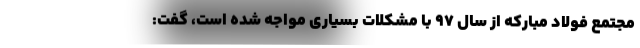
مجتمع فولاد مبارکه از سال ۹۷ با مشکلات بسیاری مواجه شده است، گفت: